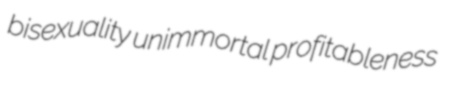
bisexuality unimmortal profitableness